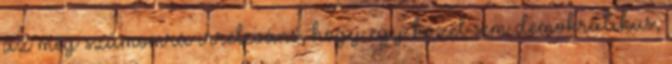
az meg számomra irreleváns, hogy egy közel sem demokratikus,